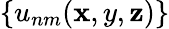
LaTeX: \{ u_{nm}(\mathbf{x},y,\mathbf{z})\}